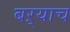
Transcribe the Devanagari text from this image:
बऱ्‍याच